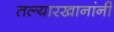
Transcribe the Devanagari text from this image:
तल्यारखानांनी